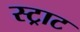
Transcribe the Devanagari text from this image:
स्ट्राट